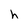
Character: h